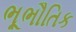
ભૂભૌતિક